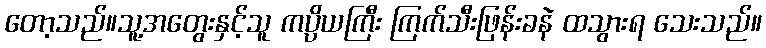
တော့သည်။သူ့အတွေးနှင့်သူ ကပ္ပိယကြီး ကြက်သီးဖြန်းခနဲ ထသွားရ သေးသည်။